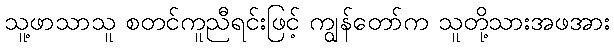
သူ့ဖာသာသူ စတင်ကူညီရင်းဖြင့် ကျွန်တော်က သူတို့သားအဖအား